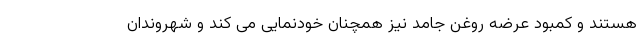
هستند و کمبود عرضه روغن جامد نیز همچنان خودنمایی می کند و شهروندان